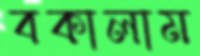
বকালাম